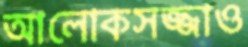
আলোকসজ্জাও